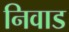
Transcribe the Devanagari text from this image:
निवाड